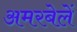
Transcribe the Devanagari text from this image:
अमरबेलें